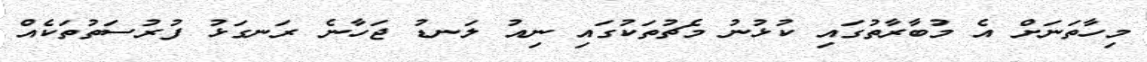
މިހާތަނަށް އެ މުބާރާތުގައި ކުޅުނު މެޗުތަކުގައި ނިއު ލަނޑު ޖަހާނެ ރަނގަޅު ފުރުސަތުތަކެއް